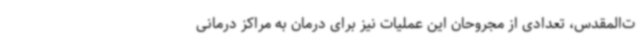
ت‌المقدس، تعدادی از مجروحان این عملیات نیز برای درمان به مراکز درمانی